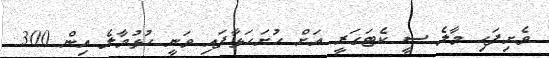
ވެށިފަހި މާލެ ސީ ކެޓަގަރީ އަށް ހުށަހަޅާފައި ވަނީ ހުޅުމާލެ އިން 300